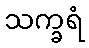
သက္ခရံ